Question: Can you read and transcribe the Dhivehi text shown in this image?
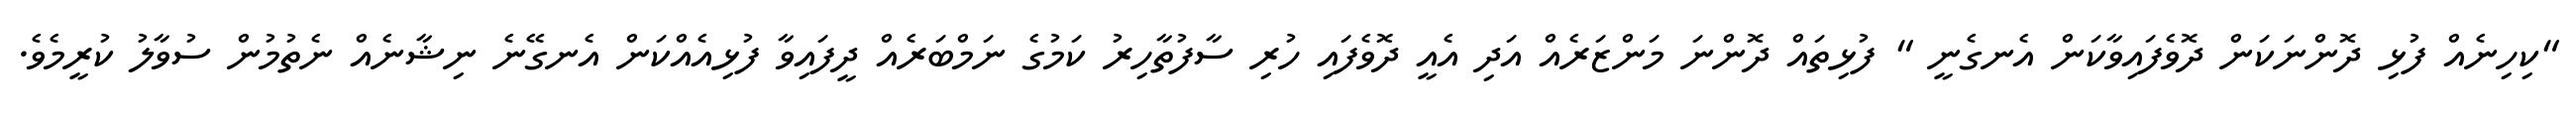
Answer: "ކިހިނެއް ފުޅި ދޮންނަކަން ދޮވެފައިވާކަން އެނގެނީ " ފުޅިތައް ދޮންނަ މަންޒަރެއް އަދި އެއީ ދޮވެފައި ހުރި ސާފުތާހިރު ކަމުގެ ނަމްބަރެއް ދީފައިވާ ފުޅިއެއްކަން އެނގޭނެ ނިޝާނެއް ނެތުމުން ސުވާލު ކުރީމެވެ.